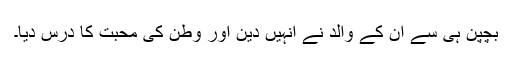
بچپن ہی سے ان کے والد نے انہیں دین اور وطن کی محبت کا درس دیا۔